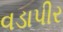
વડાપીર